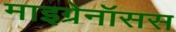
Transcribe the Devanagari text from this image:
माइग्रेनॉसस